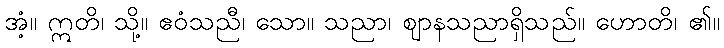
အံ့။ ဣတိ၊ သို့။ ဧဝံသညီ၊ သော။ သညာ၊ ဈာနသညာရှိသည်။ ဟောတိ၊ ၏။